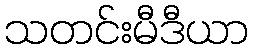
သတင်းမီဒီယာ